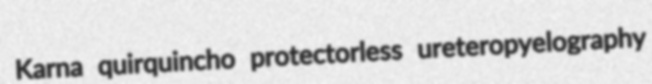
Karna quirquincho protectorless ureteropyelography